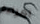
امراءة